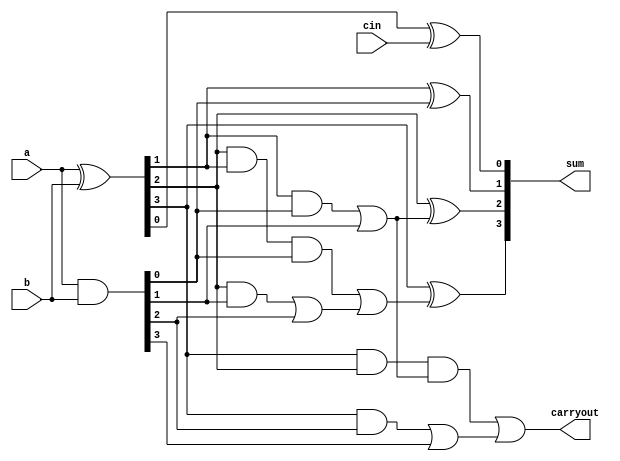
module Kogge_Stone_Adder(input [3:0]a,
input [3:0]b,
input cin,
output [3:0]sum,

output carryout
    );
      // Declare internal wires for intermediate signals

    
wire [3:0] p,g,cp,cg,ccg,ccp,c;  
/* p: Propagate signal
   g: Generate signal
    cp: Carry Propagate
    cg: Carry Generate
    ccg: Cascade Carry Generate
    ccp: Cascade Carry Propagate
    c: Final Carry*/

  // Compute propagate (p) and generate (g) signals

 assign p = a ^ b;  // XOR of input bits
  assign g = a & b;  // AND of input bits
  
    // Compute carry propagate (cp) signals
      // Compute carry generate (cg) signals

assign cg[0]=(g[0]);
assign cp[0]=(p[0]);

assign cg[1]=(p[1]&g[0])|g[1];
assign cp[1]=(p[1]&p[0]);

assign cg[2]=(p[2]&g[1])|g[2];
assign cp[2]=p[2]&p[1];

assign cg[3]=(p[3]&g[2])|g[3];
assign cp[3]=p[3]&p[2];
  // Compute complemented carry propagate (ccp) signals
  // Compute complemented carry generate (ccg) signals

assign ccg[0]=cg[0];
assign ccp[0]=cp[0];

assign ccg[1]=cg[1];
assign ccp[1]=cp[1];

assign ccg[2]=(cp[2]&cg[0])|cg[2];
assign ccp[2]=cp[2]&cp[0];

assign ccg[3]=(cp[3]&cg[1])|cg[3];
assign ccp[3]=cp[3]&cp[1];
  // Compute final carry (c) signal
assign c=ccg;
  // Compute sum output

assign sum[0]=p[0]^cin;
assign sum[1]=p[1]^c[0];
assign sum[2]=p[2]^c[1];
assign sum[3]=p[3]^c[2];
  // Output carryout

assign carryout=c[3];


endmodule